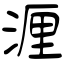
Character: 湹